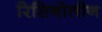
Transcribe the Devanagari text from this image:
रिसिनोलीन